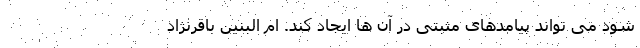
شود می تواند پیامدهای مثبتی در آن ها ایجاد کند. ام البنین باقرنژاد